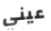
عيني